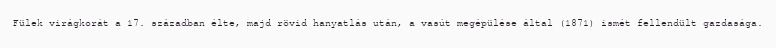
Fülek virágkorát a 17. században élte, majd rövid hanyatlás után, a vasút megépülése által (1871) ismét fellendült gazdasága.